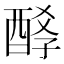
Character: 𨡆